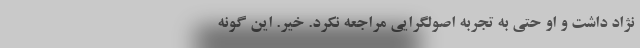
نژاد داشت و او حتی به تجربه اصولگرایی مراجعه نکرد. خیر. این گونه